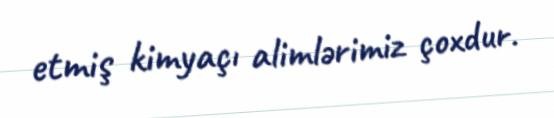
etmiş kimyaçı alimlərimiz çoxdur.